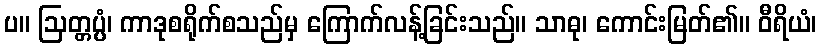
ပ။ ဩတ္တပ္ပံ၊ ကာဒုစရိုက်စသည်မှ ကြောက်လန့်ခြင်းသည်။ သာဓု၊ ကောင်းမြတ်၏။ ဝီရိယံ၊